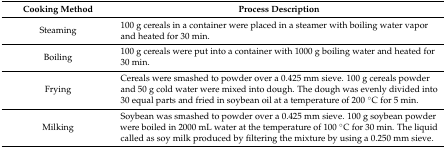
| Cooking Method | Process Description |
 | --- | --- |
 | Steaming | 100 g cereals in a container were placed in a steamer with boiling water vapor and heated for 30 min. |
 | Boiling | 100 g cereals were put into a container with 1000 g boiling water and heated for 30 min. |
 | Frying | Cereals were smashed to powder over a 0.425 mm sieve. 100 g cereals powder and 50 g cold water were mixed into dough. The dough was evenly divided into 30 equal parts and fried in soybean oil at a temperature of 200 °C for 5 min. |
 | Milking | Soybean was smashed to powder over a 0.425 mm sieve. 100 g soybean powder were boiled in 2000 mL water at the temperature of 100 °C for 30 min. The liquid called as soy milk produced by filtering the mixture by using a 0.250 mm sieve. |